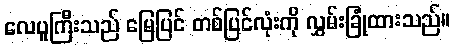
လေပူကြီးသည် မြေပြင် တစ်ပြင်လုံးကို လွှမ်းခြုံထားသည်။